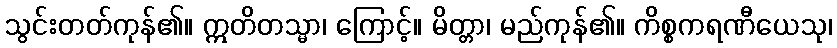
သွင်းတတ်ကုန်၏။ ဣတိတသ္မာ၊ ကြောင့်။ မိတ္တာ၊ မည်ကုန်၏။ ကိစ္စကရဏီယေသု၊